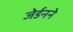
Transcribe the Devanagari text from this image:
जेर्डनने